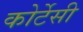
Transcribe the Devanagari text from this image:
कोर्टेसी